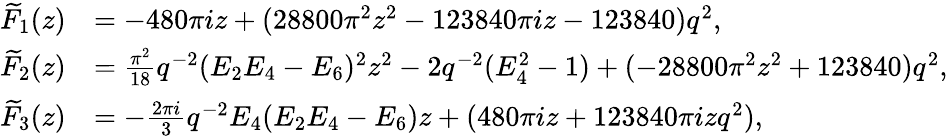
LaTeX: \begin{array}{rl}{\widetilde{F}_{1}(z)}&{=-480\pi iz+(28800\pi^{2}z^{2}-123840\pi iz-123840)q^{2},}\\ {\widetilde{F}_{2}(z)}&{=\frac{\pi^{2}}{18}q^{-2}(E_{2}E_{4}-E_{6})^{2}z^{2}-2q^{-2}(E_{4}^{2}-1)+(-28800\pi^{2}z^{2}+123840)q^{2},}\\ {\widetilde{F}_{3}(z)}&{=-\frac{2\pi i}{3}q^{-2}E_{4}(E_{2}E_{4}-E_{6})z+(480\pi iz+123840\pi izq^{2}),}\end{array}